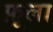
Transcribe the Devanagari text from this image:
फ़ूला